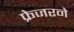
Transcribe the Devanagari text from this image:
फ्रेजरने